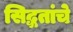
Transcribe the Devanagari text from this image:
सिद्धतांचे